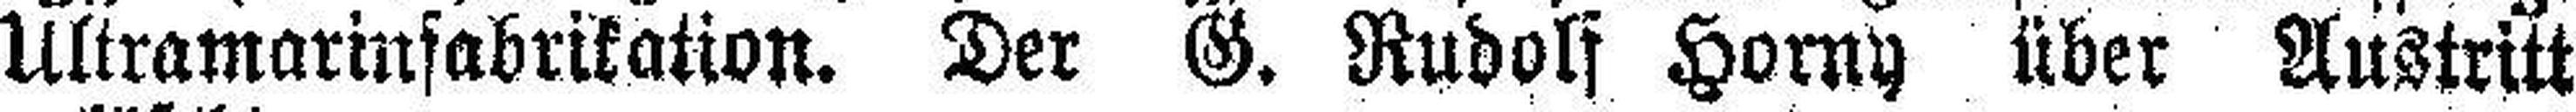
Ultramarinfabrikation. Der G. Rudolf Horny über Austritt